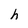
Character: h